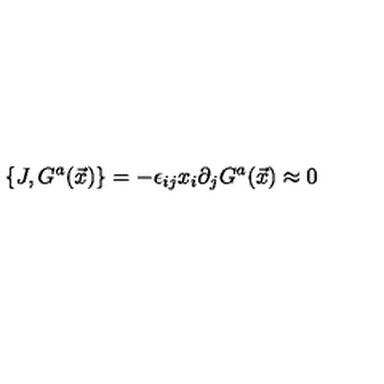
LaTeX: \{ J , G ^ { a } ( \vec { x } ) \} = - \epsilon _ { i j } x _ { i } \partial _ { j } G ^ { a } ( \vec { x } ) \approx 0